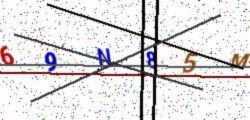
Text: 69N85M